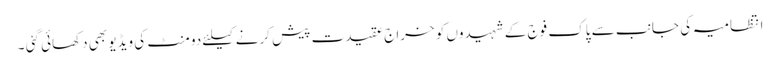
انتظامیہ کی جانب سے پاک فوج کے شہیدوں کو خراج عقیدت پیش کرنے کیلئے دو منٹ کی ویڈیو بھی دکھائی گئی ۔